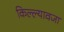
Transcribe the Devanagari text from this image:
किल्ल्यावजा